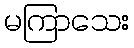
မကြာသေး